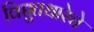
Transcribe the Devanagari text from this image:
विद्युतधारेचे